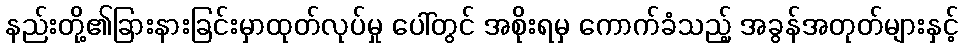
နည်းတို့၏ခြားနားခြင်းမှာထုတ်လုပ်မှု ပေါ်တွင် အစိုးရမှ ကောက်ခံသည့် အခွန်အတုတ်များနှင့်